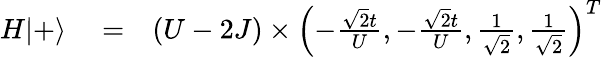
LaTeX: \begin{array}{rlr}{H|+\rangle}&{{}=}&{(U-2J)\times\left(-\frac{\sqrt{2}t}{U},-\frac{\sqrt{2}t}{U},\frac{1}{\sqrt{2}},\frac{1}{\sqrt{2}}\right)^{T}}\end{array}